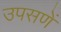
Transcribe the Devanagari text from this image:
उपसणें